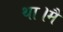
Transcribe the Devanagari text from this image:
था।मैं